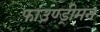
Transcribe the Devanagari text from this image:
फाउण्ड्रीमन